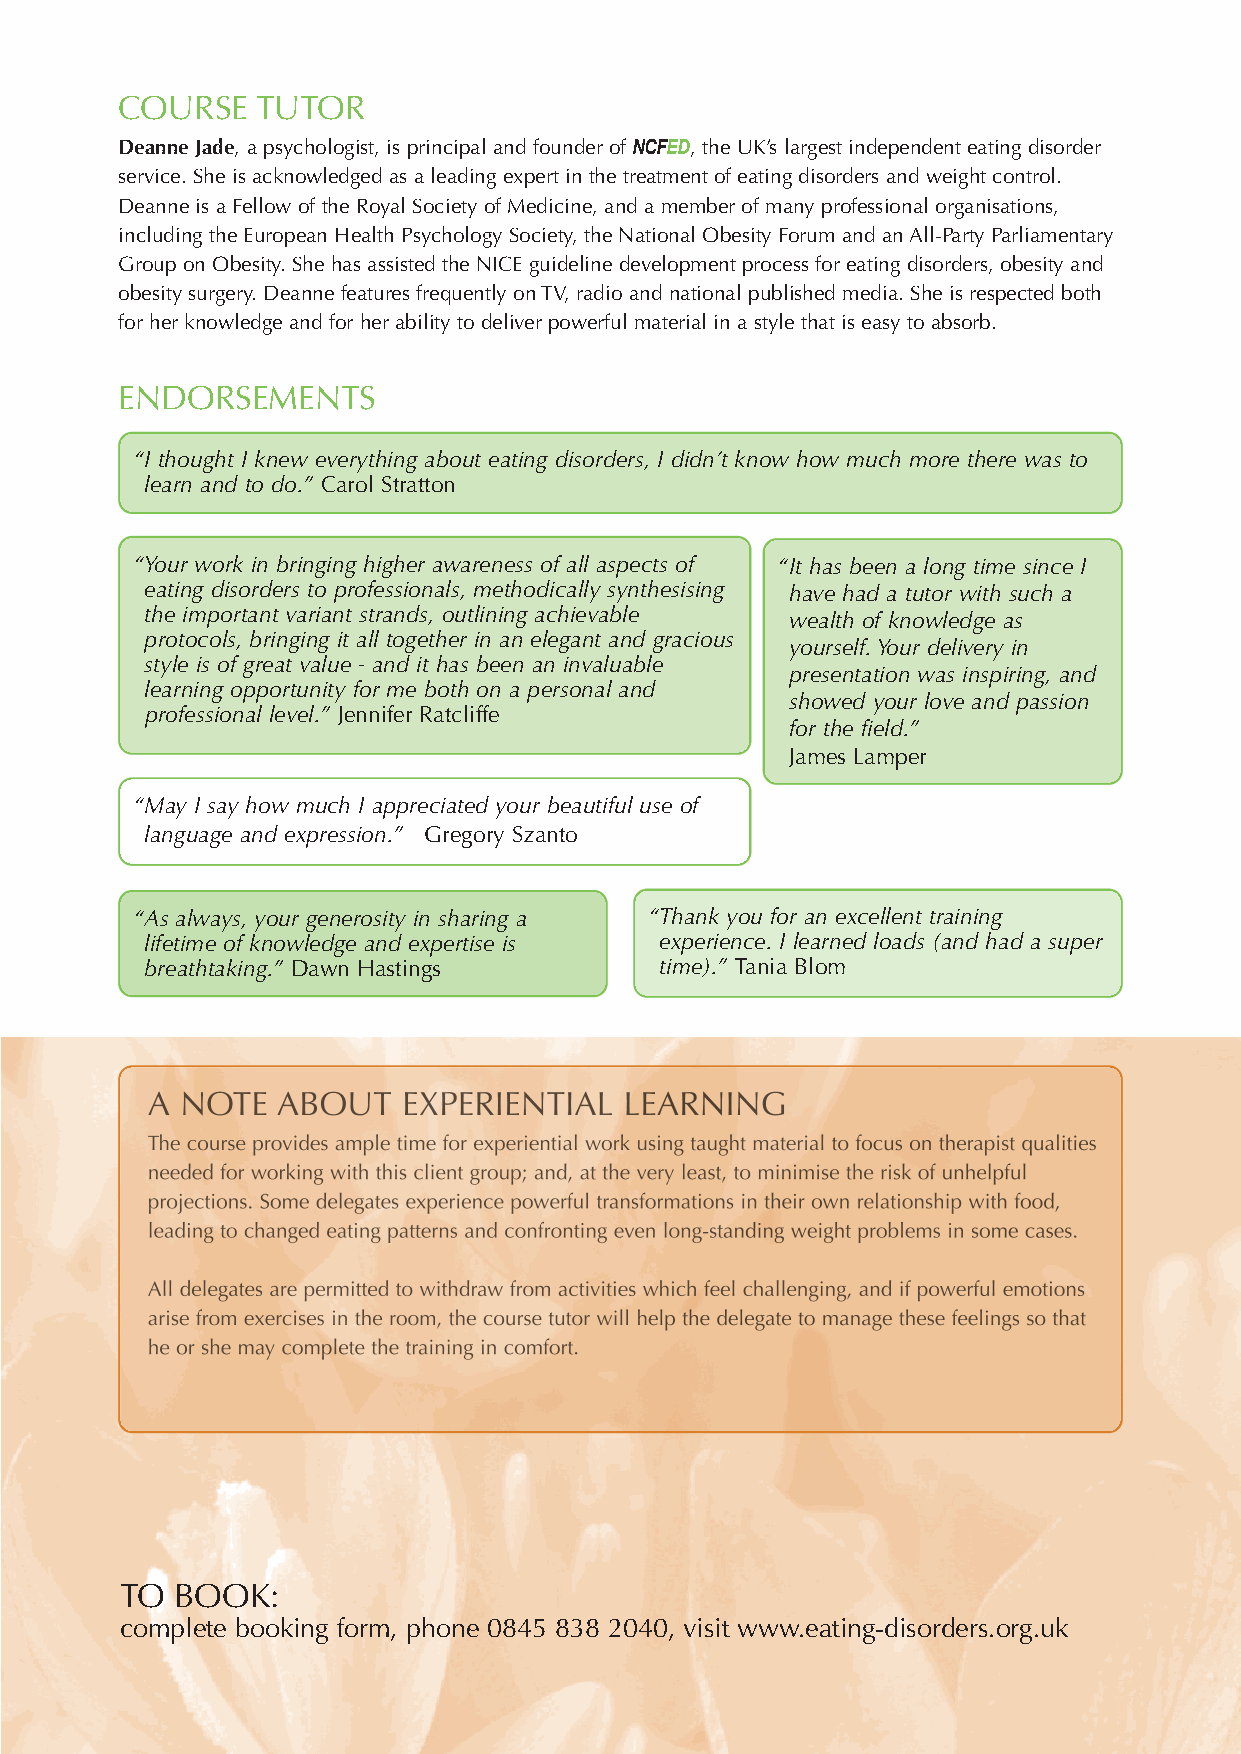
COURSE   TUTOR
 Deanne Jade, a psychologist, is principal and founder of NCFED, the UK’s largest independent eating disorder
 service. She is acknowledged as a leading expert in the treatment of eating disorders and weight control.
 Deanne is a Fellow of the Royal Society of Medicine, and a member of many professional organisations,
 including the European Health Psychology Society, the National Obesity Forum and anAll-Party Parliamentary
 Group on Obesity. She has assisted the NICE guideline development process for eating disorders, obesity and
 obesity surgery. Deanne features frequently onTV, radio and national published media. She is respected both
 for her knowledge and for her ability to deliver powerful material in a style that is easy to absorb.
 ENDORSEMENTS
 “I thought I knew everything about eating disorders, I didn’t know how much more there was to
 learn and to do.” Carol Stratton
 “Your work in bringing higher awareness of all aspects of “It has been a long time since I
 eating disorders to professionals, methodically synthesising have had a tutor with such a
 the important variant strands, outlining achievable
 wealth of knowledge as
 protocols, bringing it all together in an elegant and gracious
 yourself.Your delivery in
 style is of great value - and it has been an invaluable
 presentation was inspiring, and
 learning opportunity for me both on a personal and
 showed your love and passion
 professional level.” Jennifer Ratcliffe
 for the field.”
 James Lamper
 “May I say how much I appreciated your beautiful use of
 language and expression.” Gregory Szanto
 “As always, your generosity in sharing a “Thank you for an excellent training
 lifetime of knowledge and expertise is experience. I learned loads (and had a super
 breathtaking.” Dawn Hastings      time).” Tania Blom
 A NOTE  ABOUT    EXPERIENTIAL  LEARNING
 The course provides ample time for experiential work using taught material to focus on therapist qualities
 needed for working with this client group; and, at the very least, to minimise the risk of unhelpful
 projections. Some delegates experience powerful transformations in their own relationship with food,
 leading to changed eating patterns and confronting even long-standing weight problems in some cases.
 All delegates are permitted to withdraw from activities which feel challenging, and if powerful emotions
 arise from exercises in the room, the course tutor will help the delegate to manage these feelings so that
 heor she may complete the training in comfort.
 TO  BOOK:
 complete booking form, phone 0845 838 2040, visit www.eating-disorders.org.uk